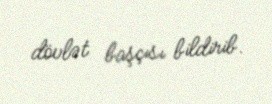
dövlət başçısı bildirib.